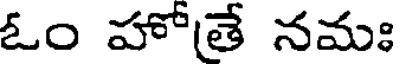
ఓం హోతే నమః